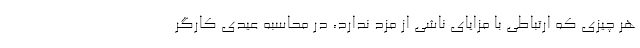
هر چیزی که ارتباطی با مزایای ناشی از مزد ندارد، در محاسبه عیدی کارگر